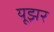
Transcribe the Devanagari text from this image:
यूझर